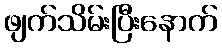
ဖျက်သိမ်းပြီးနောက်